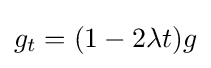
g_{t}=(1-2\lambda t)g